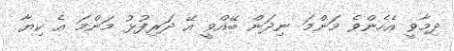
ދިމާވީ އެހެންވެ މަންމަ ނިދަން ބޭއްވީ އޭ ދަރިފުޅު މަންމަ އެ ކިޔާ